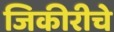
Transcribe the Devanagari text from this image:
जिकीरीचे